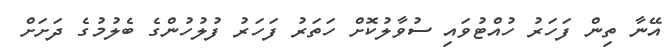
އޭނާ ތިން ފަހަރު ހުއްޓުވައި ސުވާލުކޮށް ހަތަރު ފަހަރު ފުލުހުންގެ ބެލުމުގެ ދަށަށް